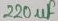
Text: 220µF